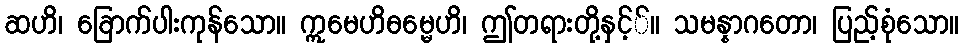
ဆဟိ၊ ခြောက်ပါးကုန်သော။ ဣမေဟိဓမ္မေဟိ၊ ဤတရားတို့နှင့််။ သမန္နာဂတော၊ ပြည့်စုံသော။